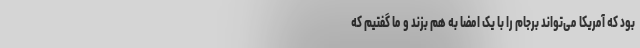
بود که آمریکا می‌تواند برجام را با یک امضا به هم بزند و ما گفتیم که